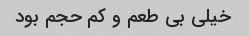
خیلی بی طعم و کم حجم بود